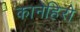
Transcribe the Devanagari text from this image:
कानेहिरो